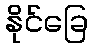
နိုင်ခြေ